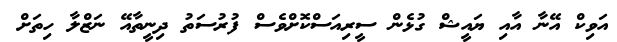
އަވިކް އޭނާ އާއި ޔައީޝް ގުޅެން ސީރިއަސްކޮށްވެސް ފުރުސަތު ދިނީތާއޭ ނަޒްލާ ހިތަށް